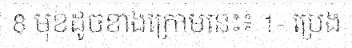
8 មុខដូចខាងក្រោមនេះ៖ 1- ប្រេង